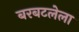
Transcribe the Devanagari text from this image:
बरबटलेला